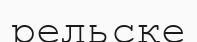
рельске